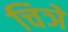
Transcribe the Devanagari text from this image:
चिञे